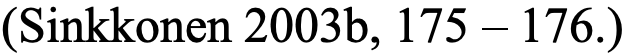
(Sinkkonen 2003b, 175 – 176.)